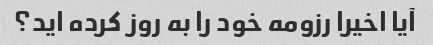
آیا اخیرا رزومه خود را به روز کرده اید؟